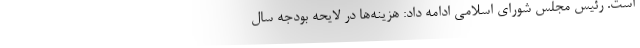
است. رئیس مجلس شورای اسلامی ادامه داد: هزینه‌ها در لایحه بودجه سال